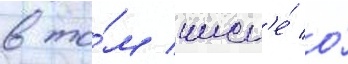
в то́м числ'е́ о́